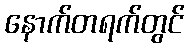
နောက်တရက်တွင်